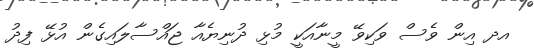
އދ އިން ވެސް ވަކިވޭ މީނާއަކީ މުޅި ދުނިޔެއާ ޖައްސާލައިގެން އުޅޭ ފިދު